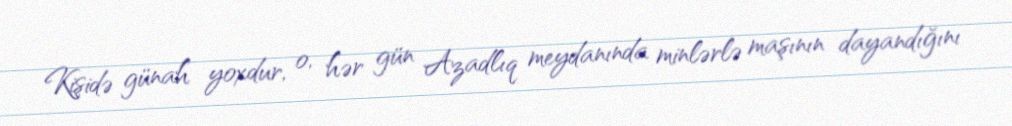
Kişidə günah yoxdur, o, hər gün Azadlıq meydanında minlərlə maşının dayandığını